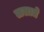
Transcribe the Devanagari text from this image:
ललाते